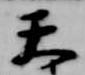
天